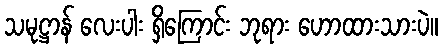
သမုဋ္ဌာန် လေးပါး ရှိကြောင်း ဘုရား ဟောထားသားပဲ။